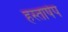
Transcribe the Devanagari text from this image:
हस्ताषेप